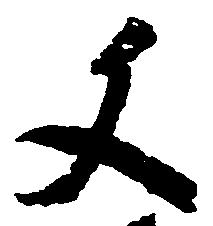
文